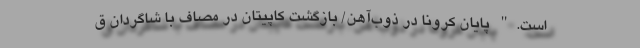
است." پایان کرونا در ذوب‌آهن/ بازگشت کاپیتان در مصاف با شاگردان ق